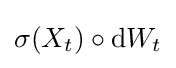
\sigma (X_{t})\circ \mathrm {d} W_{t}